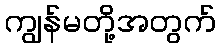
ကျွန်မတို့အတွက်